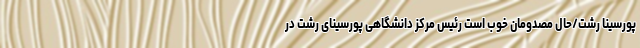
پورسینا رشت/حال مصدومان خوب است رئیس مرکز دانشگاهی پورسینای رشت در